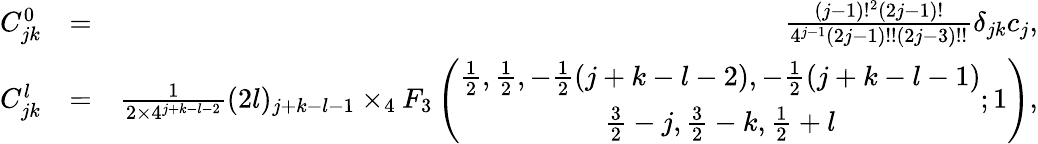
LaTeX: \begin{array}{rlr}{C_{jk}^{0}}&{=}&{\frac{(j-1)!^{2}(2j-1)!}{4^{j-1}(2j-1)!!(2j-3)!!}\delta_{jk}c_{j},}\\ {C_{jk}^{l}}&{=}&{\frac{1}{2\times 4^{j+k-l-2}}(2l)_{j+k-l-1}\times_{4}F_{3}\left(\begin{array}{cc}{\frac{1}{2},\frac{1}{2},-\frac{1}{2}(j+k-l-2),-\frac{1}{2}(j+k-l-1)}\\ {\frac{3}{2}-j,\frac{3}{2}-k,\frac{1}{2}+l}\end{array};1\right),}\end{array}